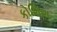
કોશિશ